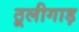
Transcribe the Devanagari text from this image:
ठूलीगाड़